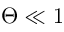
\Theta \ll 1